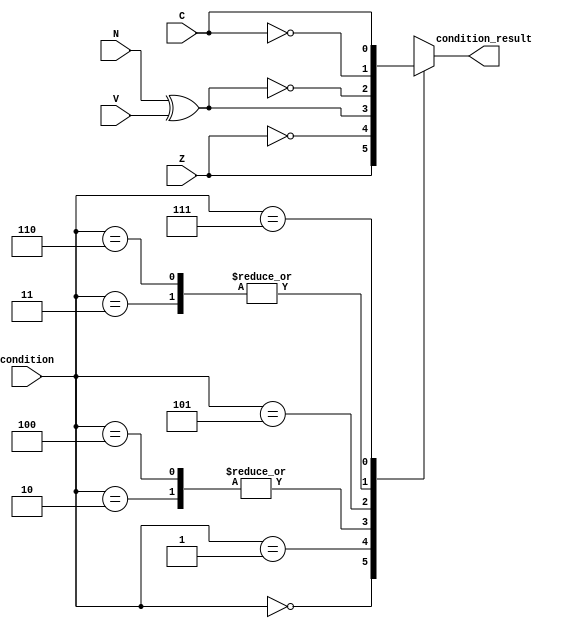
module branch_controller(
    input       [2:0]   condition,
    input               Z,
    input               N,
    input               V,
    input               C,
    
    output  reg         condition_result
    );
    
localparam  BEQ     =           3'b000;
localparam  BNE     =           3'b001;
localparam  BLT     =           3'b100;
localparam  BGE     =           3'b101;
localparam  BLTU    =           3'b110;
localparam  BGEU    =           3'b111;
localparam  SLT     =           3'b010;
localparam  SLTU    =           3'b011;

always @(*) begin
    condition_result = 1'b0;
    case( condition ) 
        BEQ:        condition_result    =       Z;
        BNE:        condition_result    =       ~Z;
        BLT, SLT:   condition_result    =       N ^ V;
        BGE:        condition_result    =       ~( N ^ V );      
        BLTU, SLTU: condition_result    =       ~C;
        BGEU:       condition_result    =       C;       
    endcase
end    
endmodule
//assign PC_out = condition_result ? PC_in + imm : PC_in + 4;